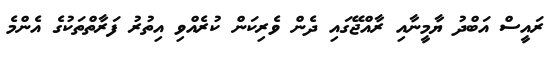
ރައީސް އަބްދު ޔާމީނާއި ރާއްޖޭގައި ދެން ވެރިކަން ކުރެއްވި އިތުރު ފަރާތްތަކުގެ އެންމެ